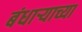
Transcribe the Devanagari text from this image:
बंधाऱ्याच्या